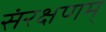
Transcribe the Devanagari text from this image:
संरक्षणम्‌